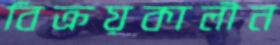
বিক্রয়কালীন